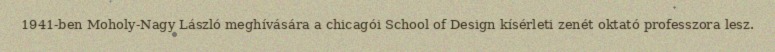
1941-ben Moholy-Nagy László meghívására a chicagói School of Design kísérleti zenét oktató professzora lesz.